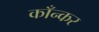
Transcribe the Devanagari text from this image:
काँन्कर